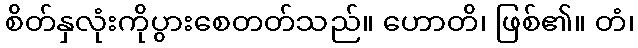
စိတ်နှလုံးကိုပွားစေတတ်သည်။ ဟောတိ၊ ဖြစ်၏။ တံ၊